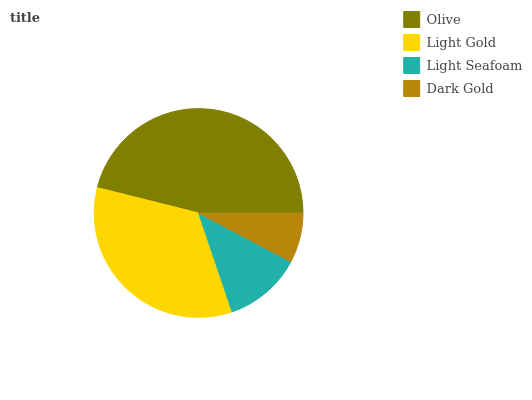
| Olive | Light Gold | Light Seafoam | Dark Gold |
 | --- | --- | --- | --- |
 | 46.1% | 34.1% | 12.1% | 7.73% |